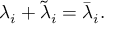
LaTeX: \lambda _ { i } + \tilde { \lambda } _ { i } = \bar { \lambda } _ { i } .